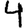
Digit: 4